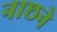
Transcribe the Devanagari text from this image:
नाछने